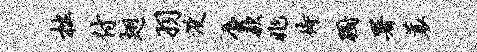
拙付翅羽没蜃款兆待蹰署蓑